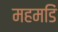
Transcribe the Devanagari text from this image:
महमडिं